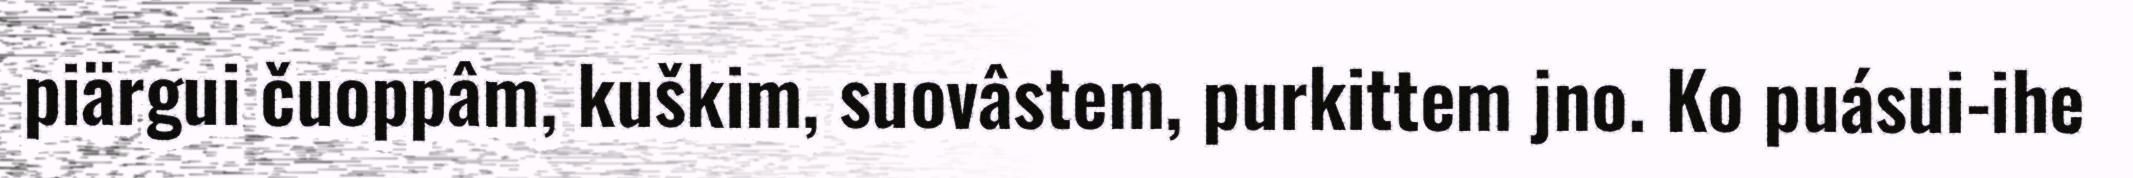
piärgui čuoppâm, kuškim, suovâstem, purkittem jno. Ko puásui-ihe